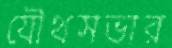
যৌথসভার